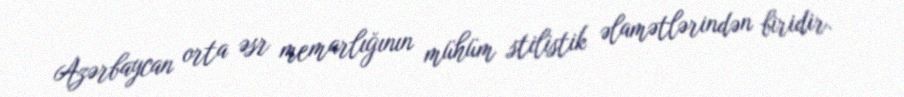
Azərbaycan orta əsr memarlığının mühüm stilistik əlamətlərindən biridir.